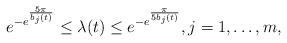
LaTeX: \begin{align*}e^{-e^{\frac{5\pi}{b_{j}(t)}}}\leq \lambda(t)\leq e^{-e^{\frac{\pi}{5b_{j}(t)}}}, j=1,\dots, m, \end{align*}